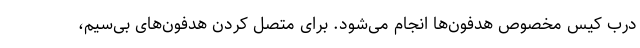
درب کیس مخصوص هدفون‌ها انجام می‌شود. برای متصل کردن هدفون‌های بی‌سیم،